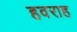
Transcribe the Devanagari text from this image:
हवराह